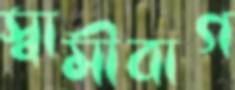
স্বামীবাগ